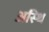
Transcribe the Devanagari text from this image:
अस्‍थि